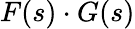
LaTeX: F(s)\cdot G(s)